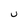
Character: u